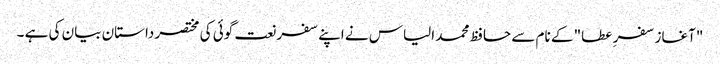
"آغاز سفر ِ عطا" کے نام سے حافظ محمد الیاس نے اپنے سفر نعت گوئی کی مختصر داستان بیان کی ہے ۔